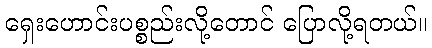
ရှေးဟောင်းပစ္စည်းလို့တောင် ပြောလို့ရတယ်။